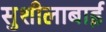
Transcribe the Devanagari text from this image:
सुशीलाबाई